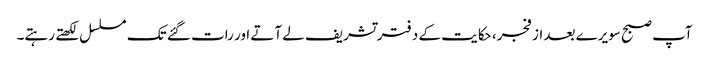
آپ صبح سویرے بعد از فجر، حکایت کے دفتر تشریف لے آتے اور رات گئے تک مسلسل لکھتے رہتے۔